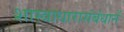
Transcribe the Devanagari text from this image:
शास्त्राधारासंबंधानें